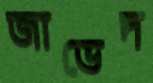
জাভেদ